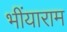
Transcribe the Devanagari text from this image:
भींयाराम